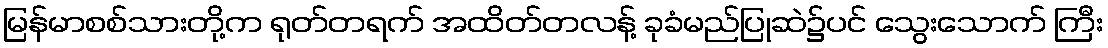
မြန်မာစစ်သားတို့က ရုတ်တရက် အထိတ်တလန့် ခုခံမည်ပြုဆဲ၌ပင် သွေးသောက် ကြီး